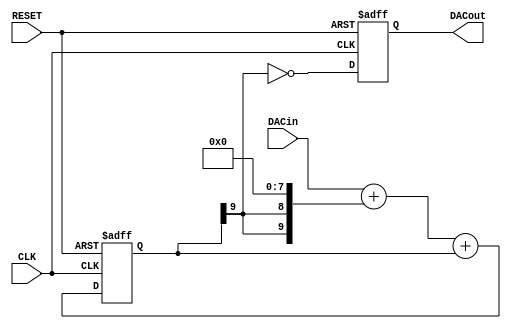
// This program was cloned from: https://github.com/MikeS11/MiSTerFPGA_YC_Encoder
// License: MIT License

//
// PWM DAC
//
// MSBI is the highest bit number. NOT amount of bits!
//
module sigma_delta_dac #(parameter MSBI=7, parameter INV=1'b1)
(
   output reg      DACout, //Average Output feeding analog lowpass
   input  [MSBI:0] DACin,  //DAC input (excess 2**MSBI)
   input           CLK,
   input           RESET
);

reg [MSBI+2:0] DeltaAdder; //Output of Delta Adder
reg [MSBI+2:0] SigmaAdder; //Output of Sigma Adder
reg [MSBI+2:0] SigmaLatch; //Latches output of Sigma Adder
reg [MSBI+2:0] DeltaB;     //B input of Delta Adder

always @(*) DeltaB = {SigmaLatch[MSBI+2], SigmaLatch[MSBI+2]} << (MSBI+1);
always @(*) DeltaAdder = DACin + DeltaB;
always @(*) SigmaAdder = DeltaAdder + SigmaLatch;

always @(posedge CLK or posedge RESET) begin
   if(RESET) begin
      SigmaLatch <= 1'b1 << (MSBI+1);
      DACout <= INV;
   end else begin
      SigmaLatch <= SigmaAdder;
      DACout <= SigmaLatch[MSBI+2] ^ INV;
   end
end

endmodule